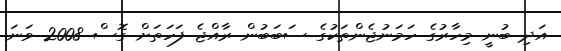
އަދި ބުނީ މިހާރުގެ ހަމަނުޖެންތަކުގެ ސަބަބުން ރާއްޖެ ފަހަތަށް ގޮސް 2008 ވަނަ